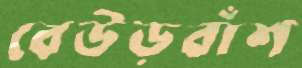
বেউড়বাঁশ